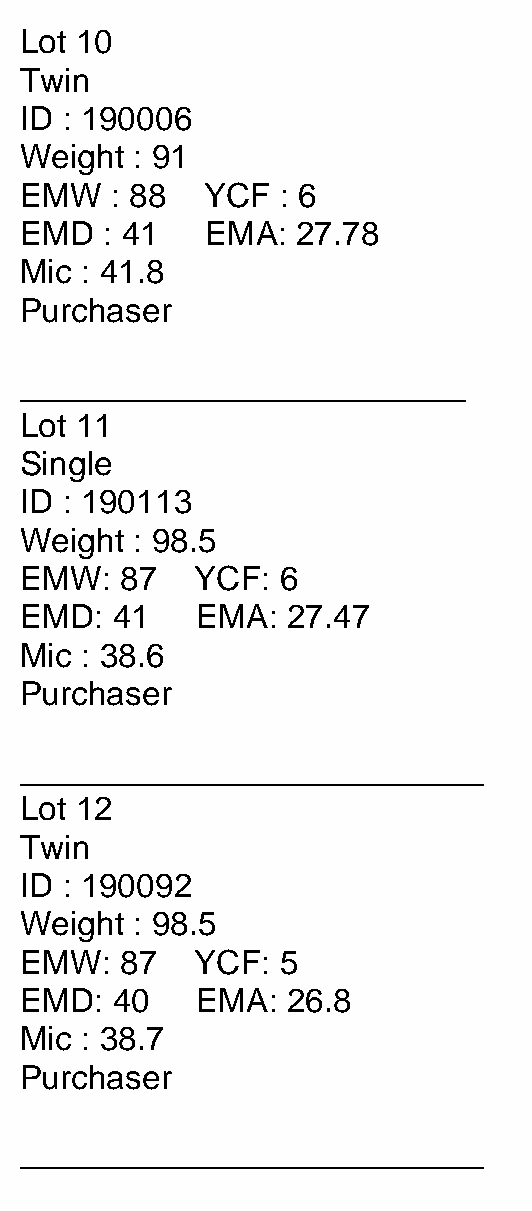
Lot 10
 Twin
 ID : 190006
 Weight  : 91
 EMW   : 88  YCF  : 6
 EMD   : 41   EMA:  27.78
 Mic : 41.8
 Purchaser
 ________________________
 Lot 11
 Single
 ID : 190113
 Weight  : 98.5
 EMW:   87   YCF: 6
 EMD:  41    EMA:  27.47
 Mic : 38.6
 Purchaser
 _________________________
 Lot 12
 Twin
 ID : 190092
 Weight  : 98.5
 EMW:   87   YCF: 5
 EMD:  40    EMA:  26.8
 Mic : 38.7
 Purchaser
 _________________________